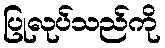
ပြုလုပ်သည်ကို